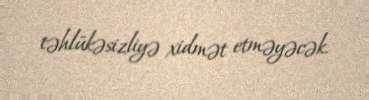
təhlükəsizliyə xidmət etməyəcək.